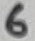
Text: 6